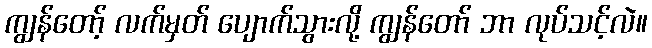
ကျွန်တော့် လက်မှတ် ပျောက်သွားလို့ ကျွန်တော် ဘာ လုပ်သင့်လဲ။